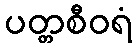
ပတ္တစီဝရံ